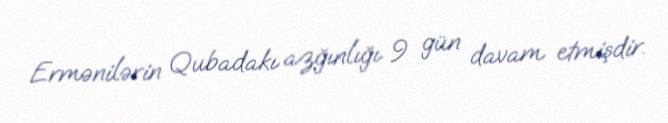
Ermənilərin Qubadakı azğınlığı 9 gün davam etmişdir.